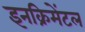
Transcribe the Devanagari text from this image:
इनक्रिमेंटल